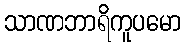
သာဏဘာရိကူပမော